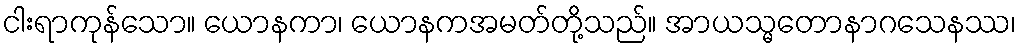
ငါးရာကုန်သော။ ယောနကာ၊ ယောနကအမတ်တို့သည်။ အာယသ္မတောနာဂသေနဿ၊